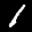
Digit: 1